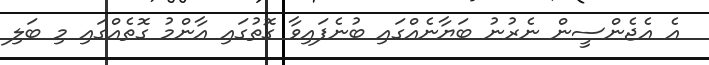
އެ އެޖެންސީން ނެރުނު ބަޔާނެއްގައި ބުނެފައިވާ ގޮތުގައި އާންމު ގޮތެއްގައި މި ބަލި